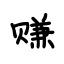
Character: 赚